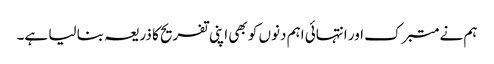
ہم نے متبرک اور انتہائی اہم دنوں کو بھی اپنی تفریح کا ذریعہ بنا لیا ہے۔